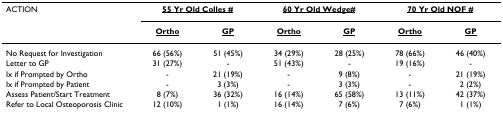
<table><thead><tr><td><b>ACTION</b></td><td colspan="2"><b><underline>55 Yr Old Colles #</underline></b></td><td colspan="2"><b><underline>60 Yr Old Wedge#</underline></b></td><td colspan="2"><b><underline>70 Yr Old NOF #</underline></b></td></tr><tr><td></td><td><b><underline>Ortho</underline></b></td><td><b><underline>GP</underline></b></td><td><b><underline>Ortho</underline></b></td><td><b><underline>GP</underline></b></td><td><b><underline>Ortho</underline></b></td><td><b><underline>GP</underline></b></td></tr></thead><tbody><tr><td>No Request for Investigation</td><td>66 (56%)</td><td>51 (45%)</td><td>34 (29%)</td><td>28 (25%)</td><td>78 (66%)</td><td>46 (40%)</td></tr><tr><td>Letter to GP</td><td>31 (27%)</td><td>-</td><td>51 (43%)</td><td>-</td><td>19 (16%)</td><td>-</td></tr><tr><td>Ix if Prompted by Ortho</td><td>-</td><td>21 (19%)</td><td>-</td><td>9 (8%)</td><td>-</td><td>21 (19%)</td></tr><tr><td>Ix if Prompted by Patient</td><td>-</td><td>3 (3%)</td><td>-</td><td>3 (3%)</td><td>-</td><td>2 (2%)</td></tr><tr><td>Assess Patient/Start Treatment</td><td>8 (7%)</td><td>36 (32%)</td><td>16 (14%)</td><td>65 (58%)</td><td>13 (11%)</td><td>42 (37%)</td></tr><tr><td>Refer to Local Osteoporosis Clinic</td><td>12 (10%)</td><td>1 (1%)</td><td>16 (14%)</td><td>7 (6%)</td><td>7 (6%)</td><td>1 (1%)</td></tr></tbody></table>